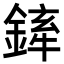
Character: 𨩏